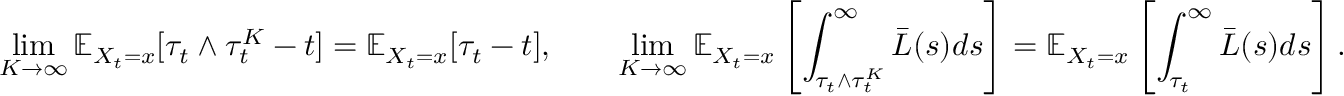
\operatorname* { l i m } _ { K \rightarrow \infty } \mathbb { E } _ { X _ { t } = x } [ \tau _ { t } \wedge \tau _ { t } ^ { K } - t ] = \mathbb { E } _ { X _ { t } = x } [ \tau _ { t } - t ] , \qquad \operatorname* { l i m } _ { K \rightarrow \infty } \mathbb { E } _ { X _ { t } = x } \left[ \int _ { \tau _ { t } \wedge \tau _ { t } ^ { K } } ^ { \infty } \bar { L } ( s ) d s \right] = \mathbb { E } _ { X _ { t } = x } \left[ \int _ { \tau _ { t } } ^ { \infty } \bar { L } ( s ) d s \right] .